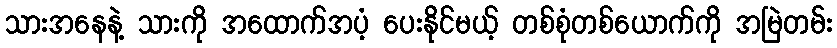
သားအနေနဲ့ သားကို အထောက်အပံ့ ပေးနိုင်မယ့် တစ်စုံတစ်ယောက်ကို အမြဲတမ်း